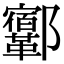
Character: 𨟨